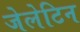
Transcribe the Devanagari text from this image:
जेलेटिन